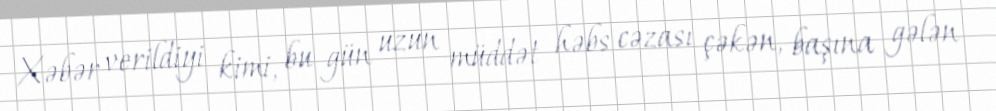
Xəbər verildiyi kimi, bu gün uzun müddət həbs cəzası çəkən, başına gələn